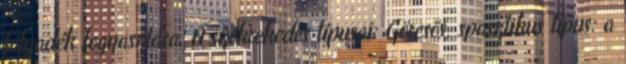
folyadék fogyasztása. A székrekedés típusai: Görcsös, spasztikus típus: a